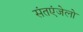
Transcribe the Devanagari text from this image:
संतएंजेलो